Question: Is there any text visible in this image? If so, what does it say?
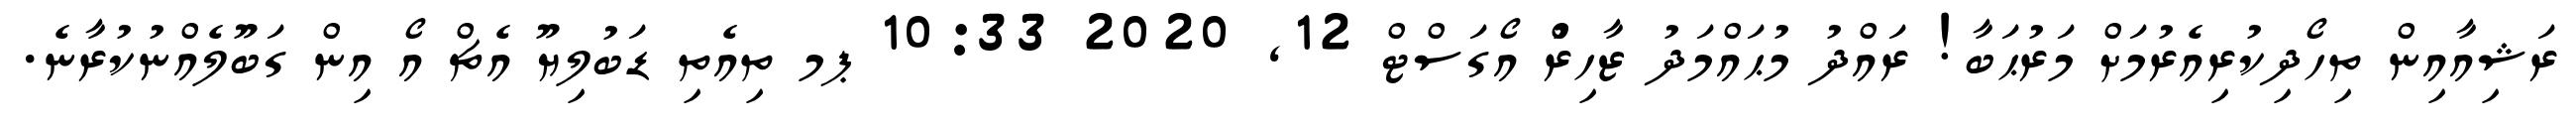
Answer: ރަޝިއާއިން ތިހޯދިކުރިއެރުމަށް މަރުޙަބާ! ރައްދު މުޙައްމަދު ޒާހިރުް އޯގަސްޓް 12, 2020 10:33 ޕމ ތިއެތި ޑަބުލިޔޫ އެޗް އޯ އިން ގަބޫލެއްނުކުރާނެ.